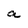
Character: a